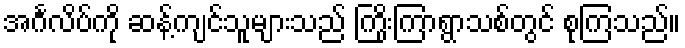
အင်္ဂလိပ်ကို ဆန့်ကျင်သူများသည် ကြိုးကြာရွာသစ်တွင် စုကြသည်။